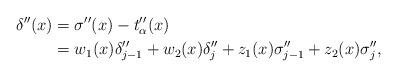
LaTeX: \begin{align*}\delta''(x) &= \sigma''(x)-t_{\alpha}''(x)\\&=w_{1}(x)\delta''_{j-1} +w_{2}(x)\delta''_{j}+z_{1}(x)\sigma''_{j-1} +z_{2}(x)\sigma''_{j},\end{align*}